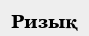
Ризық